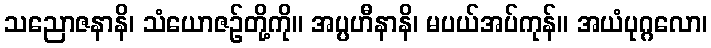
သညောဇနာနိ၊ သံယောဇဉ်တို့ကို။ အပ္ပဟီနာနိ၊ မပယ်အပ်ကုန်။ အယံပုဂ္ဂလော၊